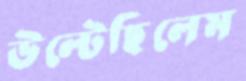
উল্‌টেছিলেম